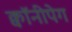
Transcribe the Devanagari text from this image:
क्वॉनीपेग